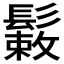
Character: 𩮸